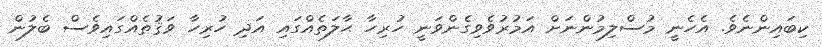
ކިބައިންނެވެ. އެހެނީ މުސްލިމުންނަށް އަމުރުވެވިގެންވަނީ ހުރިހާ ޙާލަތެއްގައި އަދި ހުރިހާ ވަޤުތެއްގައިވެސް ބެލުން